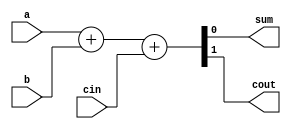


module fadd(

    input a,
    input b,
    input cin,
    output sum,
    output cout

);

    assign {cout, sum} = a+b+cin;

endmodule




/*
module fadd(

    input [31:0] a,
    input [31:0] b,
    output [31:0] sum

);

    wire o1, o2;


    add16_1(a[15:0], b[15:0], 0, sum[15:0], o1);
    add16_2(a[31:16], b[31:16], o1, sum[31:16], o2); 

endmodule   


module add1 (input a, input b, input Cin, output sum, output Cout);

    assign sum = a^b^Cin;
    assign cout = (a&b) | (a&Cin) | (b&Cin);

endmodule
*/